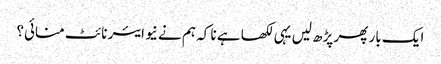
ایک بار پھر پڑھ لیں یہی لکھا ہے نا کہ ہم نے نیو ایئر نائٹ منائی؟